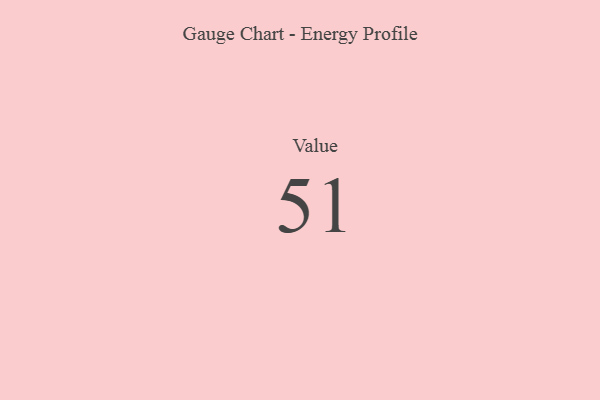
{"axis": {"x": "Metric", "y": "Value"}, "legend": [""], "data": [{"x": "Value", "y": 51, "type": ""}]}